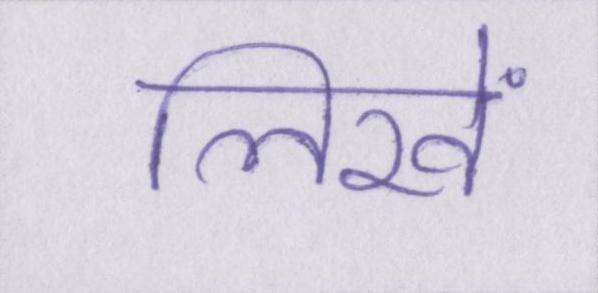
लिखें